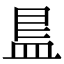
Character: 𭾁